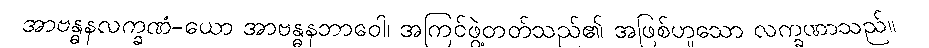
အာဗန္ဓနလက္ခဏံ-ယော အာဗန္ဓနဘာဝေါ၊ အကြင်ဖွဲ့တတ်သည်၏ အဖြစ်ဟူသော လက္ခဏာသည်။